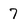
Character: 7